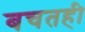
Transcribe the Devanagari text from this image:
बचतही